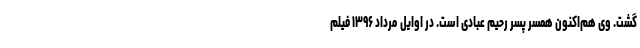
گشت. وی هم‌اکنون همسر پسر رحیم عبادی است. در اوایل مرداد ۱۳۹۶ فیلم